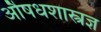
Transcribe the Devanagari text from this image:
औषधशास्त्रज्ञ